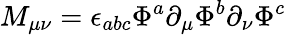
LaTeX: M_{\mu\nu}=\epsilon_{abc}\Phi^{a}\partial_{\mu}\Phi^{b}\partial_{\nu}\Phi^{c}